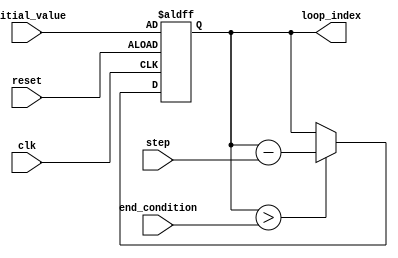
module decremental_for_loop (
    input wire [31:0] initial_value,
    input wire [31:0] end_condition,
    input wire [31:0] step,
    input wire clk,
    input wire reset,
    // Add any other necessary inputs as needed
    
    output reg [31:0] loop_index
    // Add any other necessary outputs as needed
);

always @(posedge clk or posedge reset) begin
    if (reset) begin
        loop_index <= initial_value;
    end else begin
        if (loop_index > end_condition) begin
            loop_index <= loop_index - step;
            // Perform specified actions or operations here
        end
    end
end

endmodule